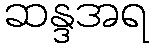
ဆန္ဒအရ